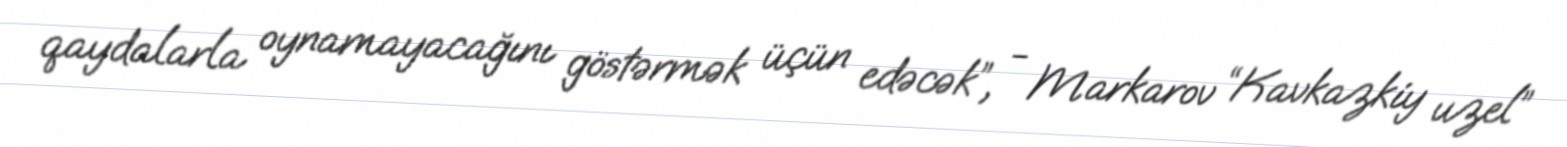
qaydalarla oynamayacağını göstərmək üçün edəcək”, - Markarov “Kavkazkiy uzel”